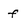
Character: f